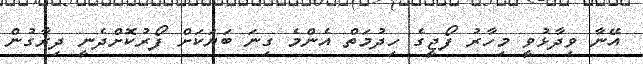
އޭނާ ވިދާޅުވީ މިހާރު ފޯޖީގެ ހިދުމަތް އެންމެ ގިނަ ބަޔަކަށް ފޯރުކޮށްދެނީ ދިރާގުން